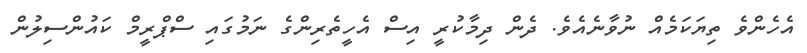
އެހެންވެ ތިޔަކަމެއް ނުވާނެއެވެ. ދެން ދިމާކުރީ އިސް އެހީތެރިންގެ ނަމުގައި ސްޕްރީމް ކައުންސިލުން